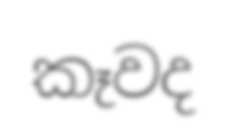
කෑවද